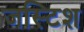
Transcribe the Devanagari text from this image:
जस्टिश